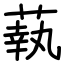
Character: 蓻